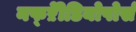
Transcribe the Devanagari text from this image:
नफ्ऱेीडियोपोर्स